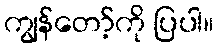
ကျွန်တော့်ကို ပြပါ။